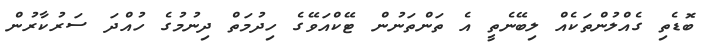
ބޮޑެތި ގެއްލުންތަކެއް ލިބޭނެތީ އެ ތަންތަނުން ޓޭކްއަވޭގެ ހިދުމަތް ދިނުމުގެ ހުއްދަ ސަރުކާރުން